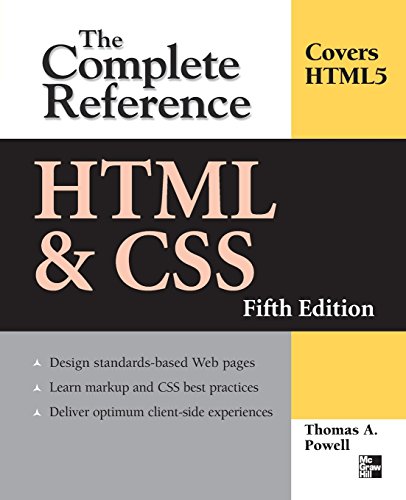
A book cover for HTML & CSS: The Complete Reference, Fifth Edition (Complete Reference Series); Thomas Powell; Computers & Technology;